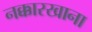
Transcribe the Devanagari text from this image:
नक्कारखाना